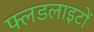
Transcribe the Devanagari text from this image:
फ्लडलाइटों